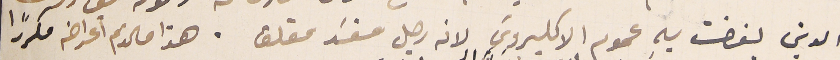
الدين بغضت بهِ عموم الاكليروسَ لانه رجل مفسَد مقلق. هذا مالزم اعراضه مكررًا